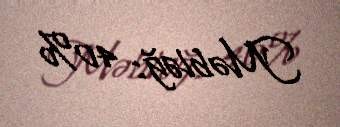
Məbləğ: 40%